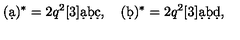
( \d a ) ^ { * } = 2 q ^ { 2 } [ 3 ] \d a \d b \d c , \quad ( \d b ) ^ { * } = 2 q ^ { 2 } [ 3 ] \d a \d b \d d , \quad